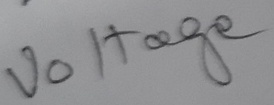
Text: Voltage